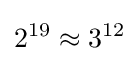
2^{19}\approx 3^{12}